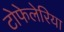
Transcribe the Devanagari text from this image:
टोफेलेरिया